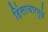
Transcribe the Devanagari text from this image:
हिंसाचारमुळे